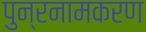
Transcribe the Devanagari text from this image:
पुन्रनामकरण